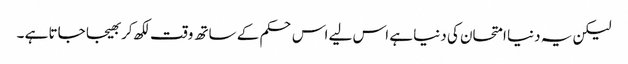
لیکن یہ دنیا امتحان کی دنیا ہے اس لیے اس حکم کے ساتھ وقت لکھ کر بھیجا جاتا ہے ۔